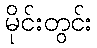
မိုင်းတွင်း